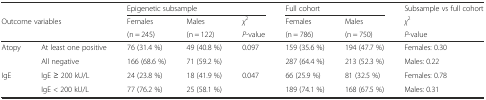
| <COLSPAN=2>  | <COLSPAN=3> Epigenetic subsample | <COLSPAN=2> Full cohort | Subsample vs full cohort |
 | <ROWSPAN=2-COLSPAN=2> Outcome variables | Females | Males | χ2 | Females | Males | χ2 |
 | (n = 245) | (n = 122) | P-value | (n = 786) | (n = 750) | P-value |
 | --- | --- | --- | --- | --- | --- | --- | --- |
 | <ROWSPAN=2> Atopy | At least one positive | 76 (31.4 %) | 49 (40.8 %) | <ROWSPAN=2> 0.097 | 159 (35.6 %) | 194 (47.7 %) | Females: 0.30 |
 | All negative | 166 (68.6 %) | 71 (59.2 %) | 287 (64.4 %) | 213 (52.3 %) | Males: 0.22 |
 | <ROWSPAN=2> IgE | IgE ≥ 200 kU/L | 24 (23.8 %) | 18 (41.9 %) | <ROWSPAN=2> 0.047 | 66 (25.9 %) | 81 (32.5 %) | Females: 0.78 |
 | IgE < 200 kU/L | 77 (76.2 %) | 25 (58.1 %) | 189 (74.1 %) | 168 (67.5 %) | Males: 0.31 |